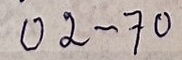
02 - 70